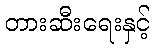
တားဆီးရေးနှင့်